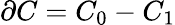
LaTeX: \partial C=C_{0}-C_{1}